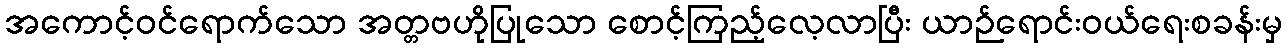
အကောင့်ဝင်ရောက်သော အတ္တဗဟိုပြုသော စောင့်ကြည့်လေ့လာပြီး ယာဉ်ရောင်းဝယ်ရေးစခန်းမှ